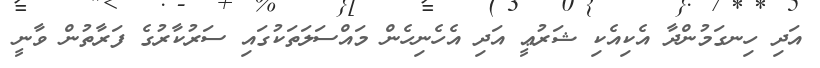
އަދި ހިނގަމުންދާ އެކިއެކި ޝަރުޢީ އަދި އެހެނިހެން މައްސަލަތަކުގައި ސަރުކާރުގެ ފަރާތުން ވާނީ